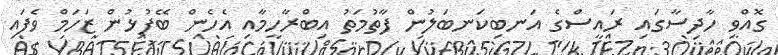
ގޮއްވި ހާދިސާގައި ރައީސްގެ އަނބިކަނބަލުން ފާތުމަތު އިބްރާހީމާއި އެހެން ބޭފުޅުން ޒަހަމް ވެފައި